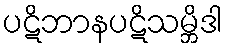
ပဋိဘာနပဋိသမ္ဘိဒါ